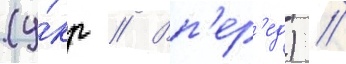
(у́кр // Вп'ер'ед) /